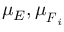
\mu _ { E } , \boldsymbol { \mu } _ { \boldsymbol { F } _ { i } }